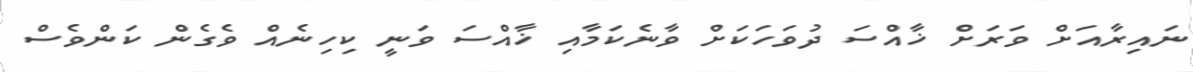
ނައިރާއަށް ވަރަށް ޚާއްސަ ދުވަހަކަށް ވާނެކަމާއި ޚާއްސަ ވަނީ ކިހިނެއް ވެގެން ކަންވެސް